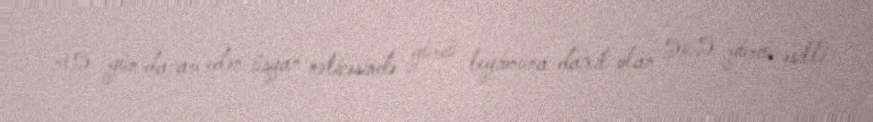
45 gün davam edən üsyan nəticəsində gürcü legionuna daxil olan 565 gürcü əsilli